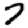
Digit: 7